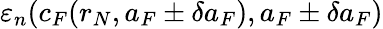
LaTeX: \varepsilon_{n}(c_{F}(r_{N},a_{F}\pm\delta a_{F}),a_{F}\pm\delta a_{F})